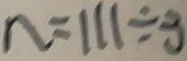
n = 1 1 1 \div 3